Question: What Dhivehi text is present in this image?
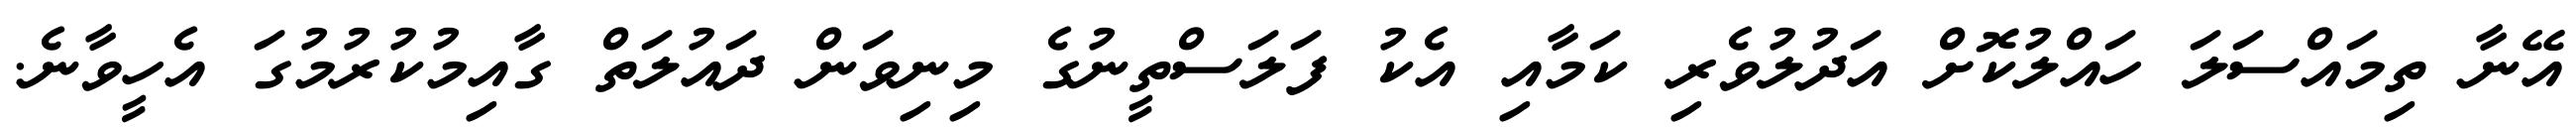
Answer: އޭނާ ތިމައްސަލަ ހައްލުކޮށް އަދުލުވެރި ކަމާއި އެކު ފަލަސްތީނުގެ މިނިވަން ދައުލަތް ގާއިމުކުރުމުގަ އެހީވާނެ.